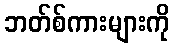
ဘတ်စ်ကားများကို